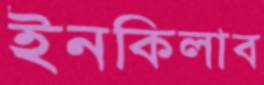
ইনকিলাব